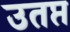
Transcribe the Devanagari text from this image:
उतप्त